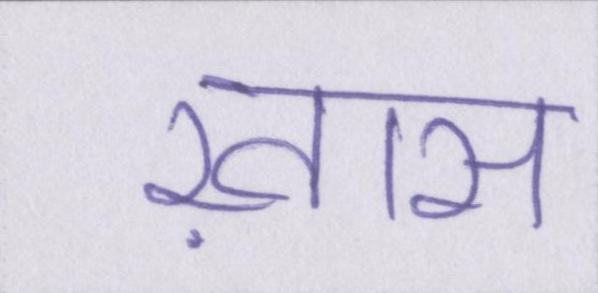
ख़ास